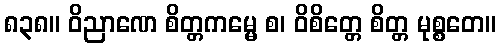
၈၃၈။ ဝိညာဏေ စိတ္တကမ္မေ စ၊ ဝိစိတ္တေ စိတ္တ မုစ္စတေ။